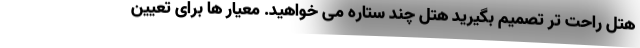
هتل راحت تر تصمیم بگیرید هتل چند ستاره می خواهید. معیار ها برای تعیین